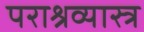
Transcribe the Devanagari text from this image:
पराश्रव्यास्त्र